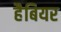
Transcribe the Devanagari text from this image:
हैबियर